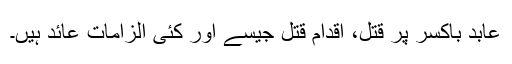
عابد باکسر پر قتل، اقدام قتل جیسے اور کئی الزامات عائد ہیں۔